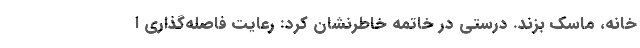
خانه، ماسک بزند. درستی در خاتمه خاطرنشان کرد: رعایت فاصله‌گذاری ا